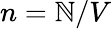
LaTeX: n=\mathbb{N}/V